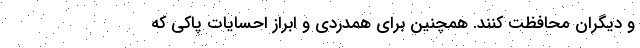
و دیگران محافظت کنند. همچنین برای همدردی و ابراز احسایات پاکی که